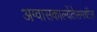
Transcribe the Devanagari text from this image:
अग्वासकाल्येंतेसमधील